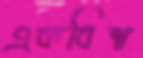
একবিশ্ব